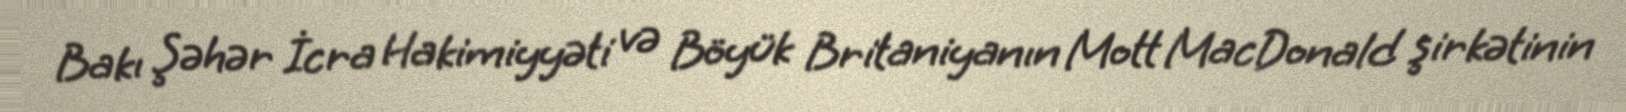
Bakı Şəhər İcra Hakimiyyəti və Böyük Britaniyanın Mott MacDonald şirkətinin